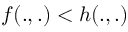
f ( . , . ) < h ( . , . )